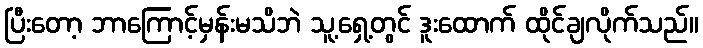
ပြီးတော့ ဘာကြောင့်မှန်းမသိဘဲ သူ့ရှေ့တွင် ဒူးထောက် ထိုင်ချလိုက်သည်။